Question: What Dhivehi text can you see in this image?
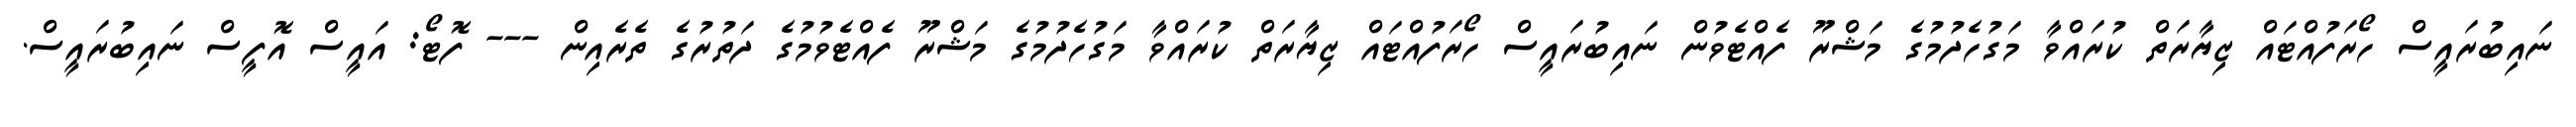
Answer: ނައިބުރައީސް ހޯރަފުއްޓައް ޒިޔާރަތް ކުރައްވާ މަގުހެދުމުގެ މަޝްރޫ ފެއްޓެވުން ނައިބުރައީސް ހޯރަފުއްޓައް ޒިޔާރަތް ކުރައްވާ މަގުހެދުމުގެ މަޝްރޫ ފެއްޓެވުމުގެ ދަތުރުގެ ތެރެއިން --- ފޮޓޯ: އައީސް އޮފީސް ނައިބުރައީސް.